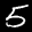
Label: 5